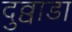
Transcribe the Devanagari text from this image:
दुव्वाडा